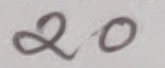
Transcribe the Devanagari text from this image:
२0